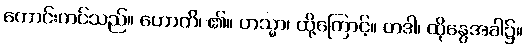
ကောင်းကင်သည်။ ဟောတိ၊ ၏။ တသ္မာ၊ ထို့ကြောင့်။ တဒါ၊ ထိုနွေအခါ၌။